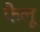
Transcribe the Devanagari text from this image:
फैलू